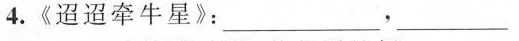
4.《迢迢牵牛星》：___，___。